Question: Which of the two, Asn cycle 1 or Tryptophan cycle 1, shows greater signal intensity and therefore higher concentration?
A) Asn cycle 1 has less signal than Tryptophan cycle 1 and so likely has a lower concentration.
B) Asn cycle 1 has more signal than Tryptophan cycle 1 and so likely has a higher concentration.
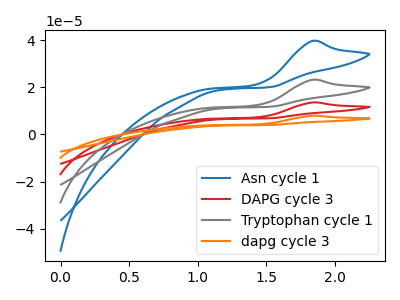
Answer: <think>The blue curve "Asn cycle 1" has an anodic peak at: (1.85V, 39.65uA). The red curve "DAPG cycle 3" has an anodic peak at: (1.85V, 46.35uA). The gray curve "Tryptophan cycle 1" has an anodic peak at: (1.85V, 23.20uA). The orange curve "dapg cycle 3" has an anodic peak at: (1.85V, 69.55uA).
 All the peaks in "Asn cycle 1" have a peak in "Tryptophan cycle 1" at the same potential. Every peak in "Asn cycle 1" is higher than every peak in "Tryptophan cycle 1".</think>
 <answer>B) "Asn cycle 1" has more signal than "Tryptophan cycle 1" and so likely has a higher concentration.</answer>
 <eval>B</eval>